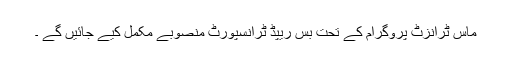
ماس ٹرانزٹ پروگرام کے تحت بس ریپڈ ٹرانسپورٹ منصوبے مکمل کیے جائیں گے ۔